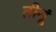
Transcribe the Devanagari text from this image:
तीनूं